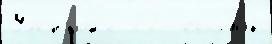
Уэс'ибой2 22  ссы́лок